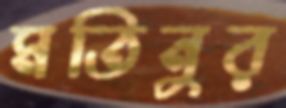
মতিনুর